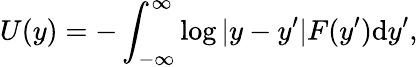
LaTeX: U(y)=-\int_{-\infty}^{\infty}\log|y-y^{\prime}|F(y^{\prime})\mathrm{d}y^{\prime},